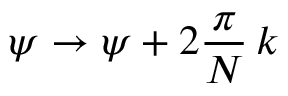
\psi \rightarrow \psi + 2 \frac { \pi } { N } \, k